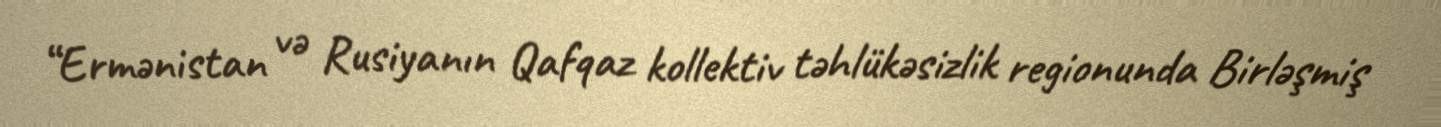
“Ermənistan və Rusiyanın Qafqaz kollektiv təhlükəsizlik regionunda Birləşmiş